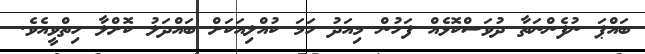
ބައްޕަ ނުފެންނަތާ ދުވަސްކޮޅެއް ފަހުން މިއަދު ހަމަ ކުއްލިއަކަށް ބައްދަލު ކޮށްލާ ހިތްވީއެވެ.